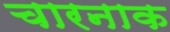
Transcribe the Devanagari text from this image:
चारनाक